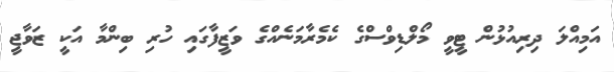
އަމިއްލަ ދިރިއުޅުން ޓީވީ މޯލްޑިވްސްގެ ކެމެރާމަނެއްގެ ވަޒީފާގައި ހުރި ބިންމާ އަކީ ޒަވާޖީ